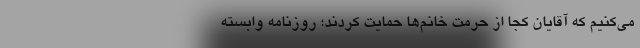
می‌کنیم که آقایان کجا از حرمت خانم‌ها حمایت کردند؛ روزنامه وابسته